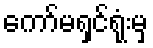
ကော်မရှင်ရုံးမှ